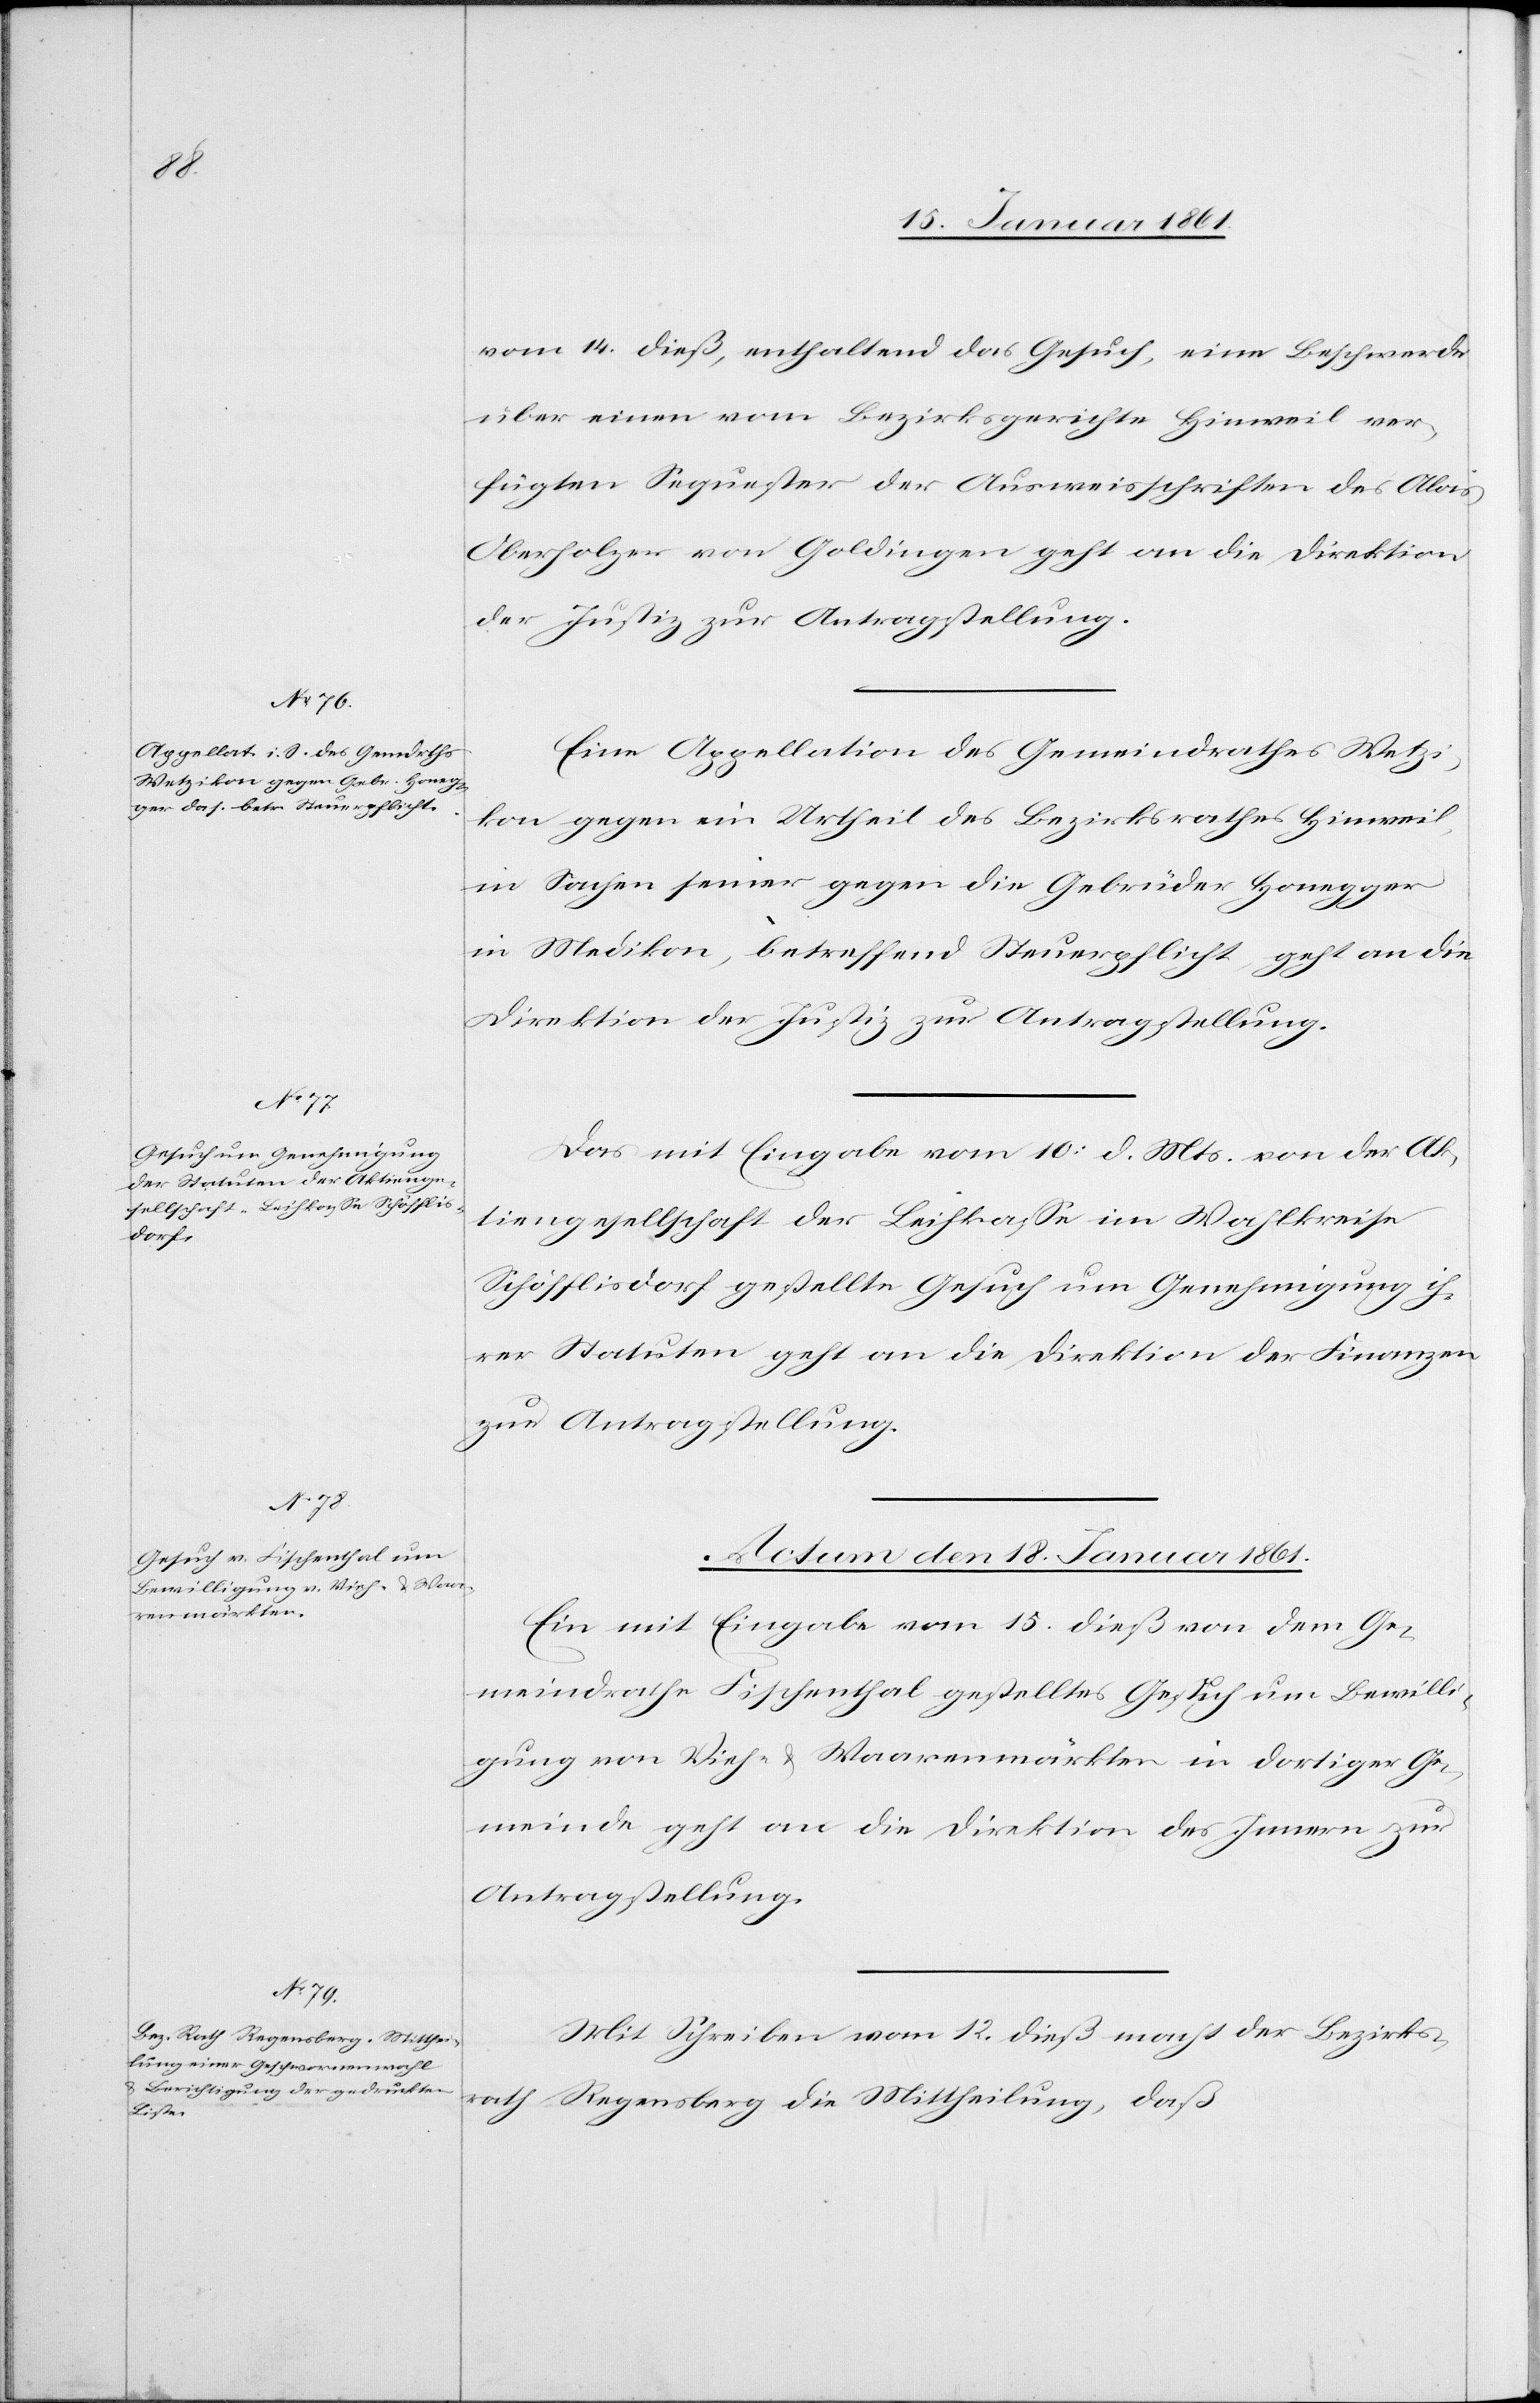
vom 14. dieß, enthaltend das Gesuch, eine Beschwerde
über einen vom Bezirksgerichte Hinweil ver¬
fügten Sequester der Ausweisschriften des Alois
Oberholzer von Goldingen geht an die Direktion
der Justiz zur Antragstellung.
Eine Appellation des Gemeindrathes Wetzi¬
kon gegen ein Urtheil des Bezirksrathes Hinweil,
in Sachen seiner gegen die Gebrüder Honegger
in Medikon, betreffend Steuerpflicht, geht an die
Direktion der Justiz zur Antragstellung.
Das mit Eingabe vom 10. d. Mts. von der Ak¬
tiengesellschaft der Leihkasse im Wahlkreise
Schöfflisdorf gestellte Gesuch um Genehmigung ih¬
rer Statuten geht an die Direktion der Finanzen
zur Antragstellung.
Actum den 18 Januar 1861.]
Ein mit Eingabe vom 15. dieß von dem Ge¬
meindrathe Fischenthal gestelltes Gesuch um Bewilli¬
gung von Vieh- u. Waarenmärkten in dortiger Ge¬
meinde geht an die Direktion des Innern zur
Antragstellung.
Mit Schreiben vom 12. dieß macht der Bezirks¬
rath Regensberg die Mittheilung, daß